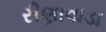
રીણાવાડા